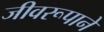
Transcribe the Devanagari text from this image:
जीवरूपाने